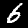
Digit: 6